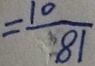
= \frac { 1 0 } { 8 1 }